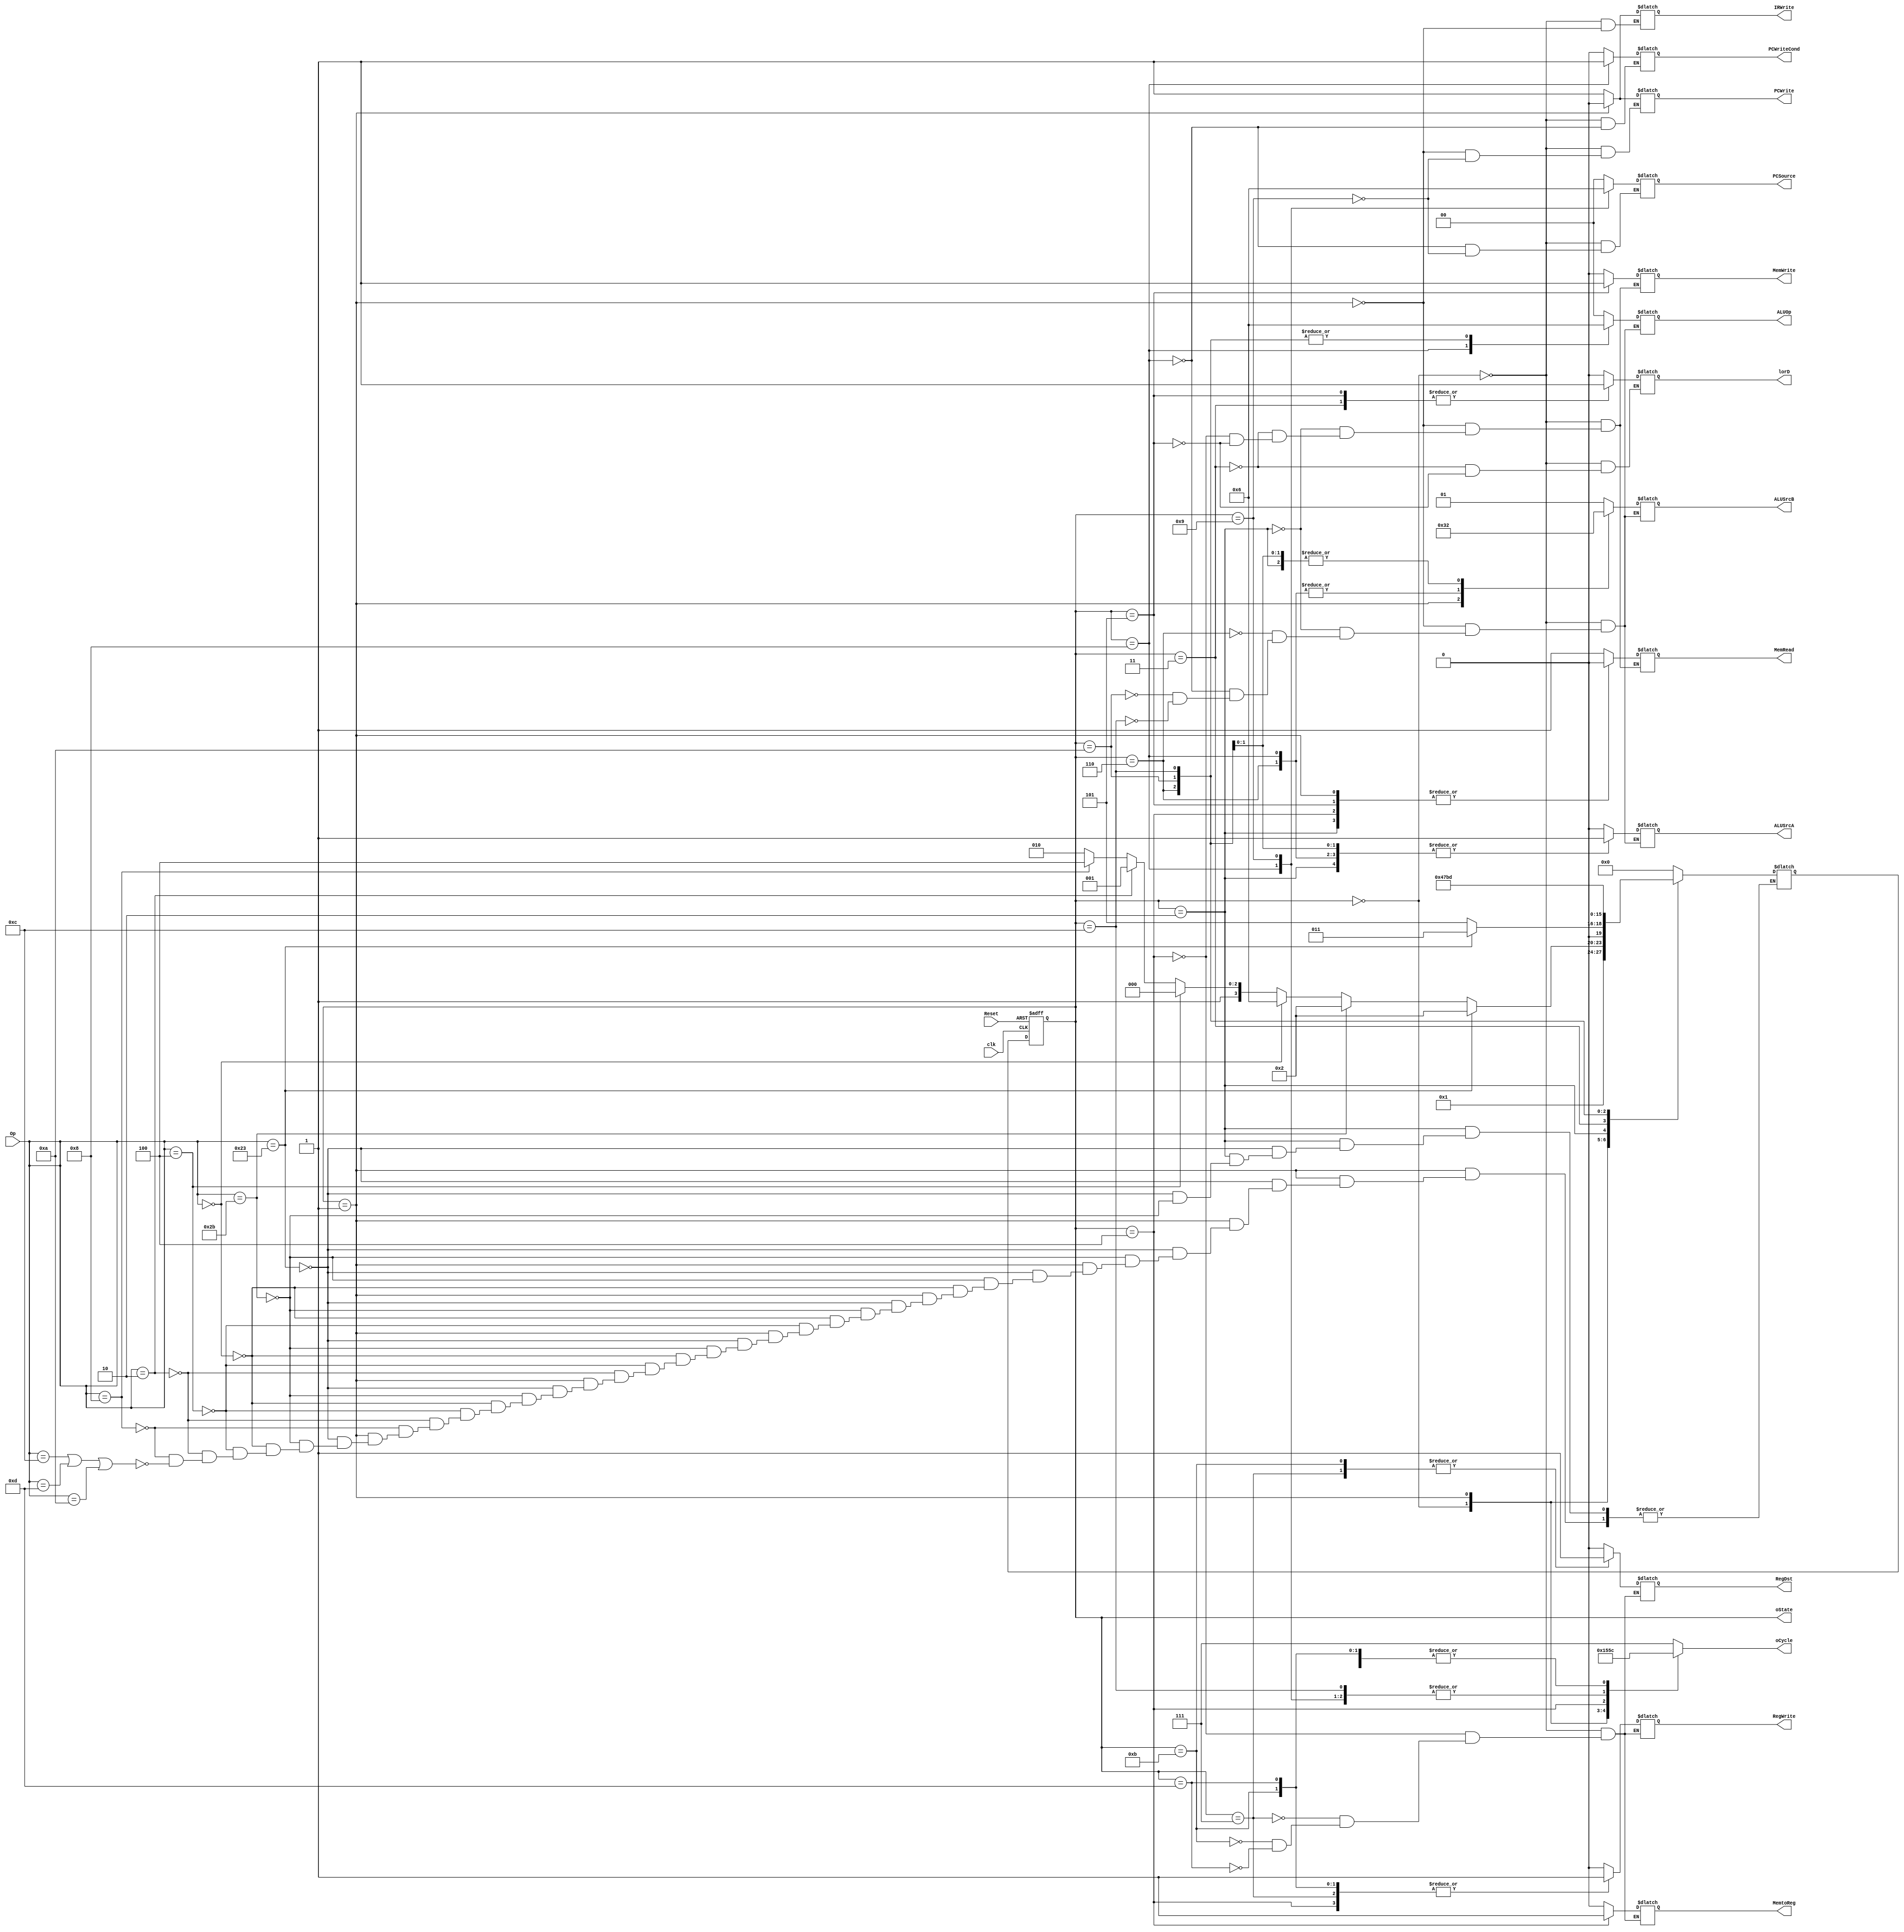
module controller (
	input clk, Reset,
	input [5:0] Op,
	output reg [1:0] ALUOp, ALUSrcB, PCSource,
	output reg PCWriteCond, PCWrite, lorD, MemRead, MemWrite, MemtoReg, IRWrite, ALUSrcA, RegWrite, RegDst,
	output [3:0] oState, 
	output reg [2:0] oCycle
);

	reg [3:0] state = 0;					// initial state
	reg [3:0] nextstate;

	parameter S0=0;
	parameter S1=1;
	parameter S2=2;
	parameter S3=3;
	parameter S4=4;
	parameter S5=5;
	parameter S6=6;
	parameter S7=7;
	parameter S8=8;
	parameter S9=9;
	parameter S10=10;
	parameter S11=11;
	parameter S12=12;
	parameter S13=13;

	// for test
	assign oState = state;

	always@(posedge clk, negedge Reset) 
	begin
		if(Reset == 1'b0)
		begin
			state = S0;
		end
		else
			state = nextstate;
	end
	
	always @(state, Op)
	begin
		case(state)
			S0: 
			begin
				MemRead = 1'b1;
				MemWrite = 1'b0;
				lorD = 1'b0;
				IRWrite = 1'b1;
								
				PCWrite = 1'b1;
				PCWriteCond = 1'b0;
				PCSource = 2'b00;
				
				ALUSrcA = 1'b0;
				ALUSrcB = 2'b01;
				ALUOp = 2'b00;
						
				RegWrite = 1'b0;		
				RegDst = 1'b0;
				MemtoReg = 1'b0;
						
				nextstate = S1;
				oCycle = 3'b001;
			end
			
			S1: 
			begin
				MemRead=1'b0;
				MemWrite=1'b0;		
				IRWrite=1'b0;
				
				PCWrite=1'b0;
				
				ALUSrcA=1'b0;
				ALUSrcB=2'b11;
				ALUOp= 2'b00;
// Fill the blank				
				if(	Op == 6'b100011)  //if op code is lw or sw
				begin
					nextstate = S2;
				end
				else if(Op == 6'b101011)  //if op code is lw or sw
				begin	
					nextstate = S2;
				end
				else if(Op == 6'b000000)  // if R type instruction
				begin
					nextstate = S6;
				end
				else if(Op == 6'b000100)  //if beq instruction
				begin
					nextstate = S8;
				end
				else if(Op == 6'b000010)  //if jump instruction
				begin
					nextstate = S9;
				end
				else if(Op == 6'b001000) // if addi instruction
				begin
				    nextstate = S12;
				end
				else if((Op == 6'b001100) || (Op == 6'b001101) || (Op == 6'b001010	))  //if I type
				begin
					nextstate = S10;
				end
				
				oCycle = 3'b010;
			end
			
			S2: 
			begin
				MemRead = 1'b0;
				MemWrite = 1'b0;
				
				ALUSrcA = 1'b1;
				ALUSrcB = 2'b10;
				ALUOp = 2'b00;
// Fill the blank		
				if(Op == 6'b100011	)  //if lw
				begin
					nextstate = S3;
				end
				else if(Op == 6'b101011)  // if SW instruction
				begin
					nextstate = S5;
				end
				
				oCycle = 3'b011;
			end
			
			S3: 
			begin
				MemRead=1'b1;
				MemWrite = 1'b0;
				lorD = 1'b1;
				
				nextstate=S4;	
				oCycle = 3'b100;
			end
	
			S4: 
			begin
				MemRead=1'b0;
				MemWrite = 1'b0;
				
				RegDst = 1'b0;
				RegWrite = 1'b1;
				MemtoReg= 1'b1;
				
				nextstate=S0;
				oCycle = 3'b101;
			end
			
			S5: 
			begin
				MemRead=1'b0;
				MemWrite=1'b1;
				lorD= 1'b1;
				
				nextstate=S0;
				oCycle = 3'b100;
			end
	
			S6: 
			begin
				ALUSrcA= 1'b1;
				ALUSrcB= 2'b00;
				ALUOp = 2'b10;
				
				nextstate = S7;
				oCycle = 3'b011;
			end
	
			S7: 
			begin
				RegDst= 1'b1;
				RegWrite = 1'b1;
				MemtoReg = 1'b0;
				
				nextstate= S0;	
				oCycle = 3'b100;
			end
			
			S8: 
			begin
				ALUSrcA= 1'b1;
				ALUSrcB= 2'b00;
				ALUOp=2'b01;
				
				PCWriteCond= 1'b1;
				PCSource = 2'b01;
				
				nextstate= S0;
				oCycle = 3'b011;
			end
			
			S9: 
			begin
				PCWrite= 1'b1;
				PCSource= 2'b10;
				
				nextstate= S0;
				oCycle = 3'b011;
			end
			
			S10: 
			begin
				ALUSrcA= 1'b1;
				ALUSrcB= 2'b10;
				ALUOp = 2'b10;
				nextstate = S11;
				
				oCycle = 3'b100;
			end
			
			S11: 
			begin
				RegDst= 1'b1;
				RegWrite = 1'b1;
				MemtoReg = 1'b0;
				nextstate= S0;
				
				oCycle = 3'b100;
			end
			
			S12:
			begin
			    ALUSrcA= 1'b1;
				ALUSrcB= 2'b10;
				ALUOp = 2'b10;
				
				nextstate = S13;
				oCycle = 3'b011;
			end
			
			S13:
			begin
			    RegDst= 1'b0;
				RegWrite = 1'b1;
				MemtoReg = 1'b0;
				
				nextstate= S0;	
				oCycle = 3'b100;
			end
			
			default:
			begin
				nextstate = S0;
				
				oCycle = 3'b111;
			end
		endcase
	end
	
endmodule